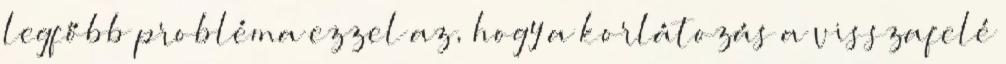
legfőbb probléma ezzel az, hogy a korlátozás a visszafelé